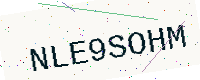
Text: NLE9SOHM